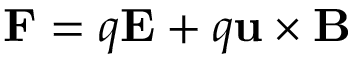
\mathbf { F } = q \mathbf { E } + q \mathbf { u } \times \mathbf { B }